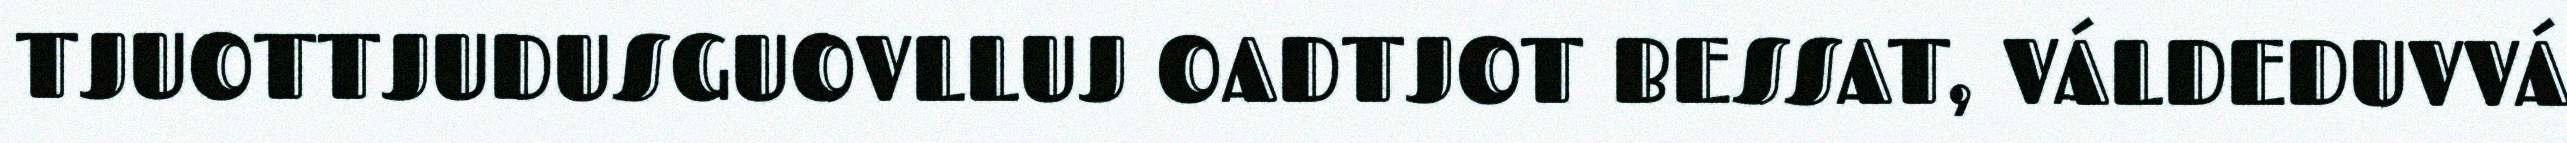
TJUOTTJUDUSGUOVLLUJ OADTJOT BESSAT, VÁLDEDUVVÁ